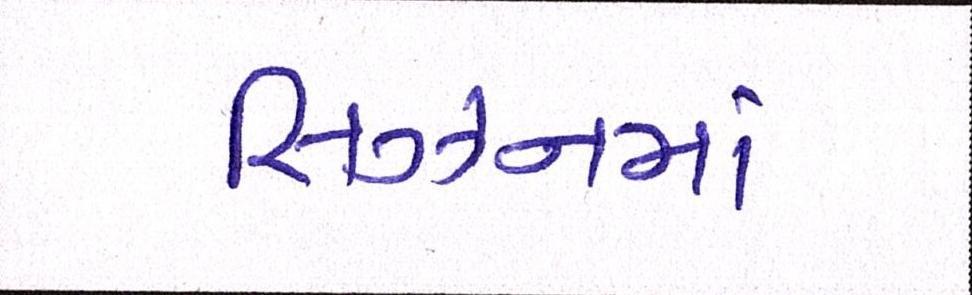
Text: સિઝનમાં